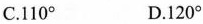
C.110° D.120°